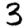
Digit: 3